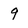
Character: 9